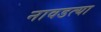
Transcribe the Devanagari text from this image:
नावडत्या